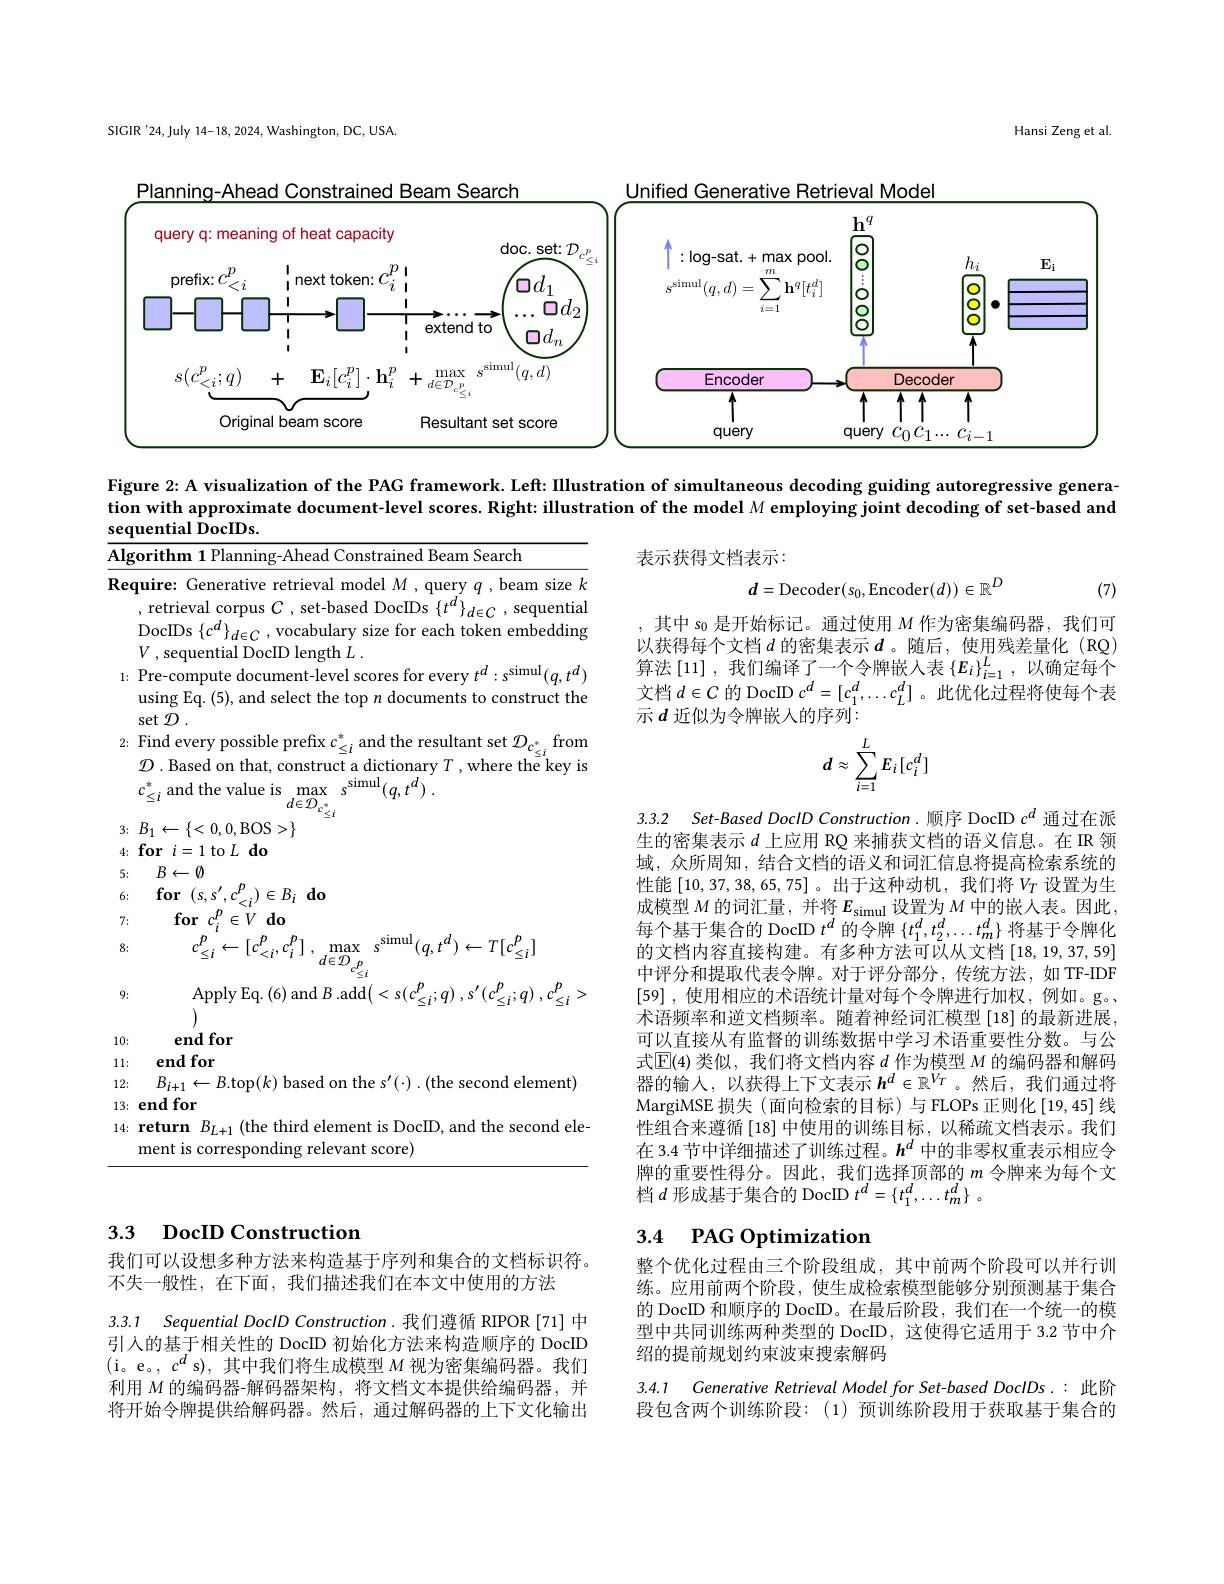
SIGIR'24,July 14-18, 2024, Washington, DC, USA.

Hansi Zeng et al

<FigureHere>

Figure 2{:} A visualization of the PAG framework. Left: Illustration of simultaneous decoding guiding autoregressive genera-

表示获得文档表示：
$$d=\mathrm{Decoder}(s_0,\mathrm{Encoder}(d))\in\mathbb{R}^D$$
(7)

其中$s_{0}$是开始标记。通过使用$M$作为密集编码器，我们可以获得每个文档$d$ 的密集表示 $d$ 。随后，使用残差量化 (RQ) 算法$\left[11\right]$,我们编译了一个令牌嵌入表$\left\{E_i\right\}_i=1^L$,以确定每个文档$d\in C$的 DocID $c^d=[c_1^d,\ldots c_L^d]$ 。此优化过程将使每个表示$d$ 近似为令牌嵌入的序列：
$$d\approx\sum_{i=1}^LE_i[c_i^d]$$
3.3.2 Set-Based DoclD Construction.顺序 DocID $c^d$通过在派

tion with approximate document-level scores. Right: illustration of the model M employing joint decoding of set-based and
sequential DocIDs.
$\underline{\text{Algorithm 1 Planning-Ahead Constrained Beam Search}}$
$\overline{\textbf{Require: Generative retrieval model }M,\text{query }q,\text{beam size }k}$
, retrieval corpus $C$, set-based DocIDs $\{t^d\}_{d\in C}$, sequential $\operatorname{DocIDs}\left\{c^{d}\right\}_{d\in C}$,vocabulary size for each token embedding $V$ , sequential DocID length $\dot{L}$ .
1: Pre-compute document-level scores for every $t^d:s^\mathrm{simul}(q,t^d)$
using Eq. (5), and select the top $n$ documents to construct the
$\sec{\mathcal{D}}.$
2: Find every possible prefix $c_{\le i}^*$ and the resultant set $\mathcal{D}_{c_{\le i}^*}$ from
$\mathcal{D}$ .Based on that, construct a dictionary $T$,where the key is
$c_{\le i}^{*}$and the value is$\max_{d\in\mathcal{D}_{c\le i}^{*}}s^{\mathrm{simul}}(q,t^{d})$
3: $B_{1}\leftarrow \{ < 0, 0$,BOS$>\}$
$4\nobreak {: } \textbf{for}i= 1$to$L\textbf{do}$
5: $B\leftarrow \emptyset$
6: $\textbf{for}( s, s^{\prime }, c_{< i}^{p}) \in B_{i}\textbf{do}$
7:
$\textbf{for}_{n}c_{i}^{p}\in V$do
8:
$c_{\leq i}^{p}\leftarrow [ c_{< i}^{p}, c_{i}^{p}]$ $, \max _{d\in \mathcal{D} _{c_{\leq i}}^{p}}$ $s^{\mathrm{simul}}( q, t^{d}) \leftarrow T[ c_{\leq i}^{p}]$
9:
Apply Eq. ( 6) and $B.$add$\left ( < s( c_{\leq i}^{p}; q)$ $, s^{\prime }( c_{\leq i}^{p}; q)$ $, c_{\leq i}^{p}$ ;
(1)
end for
10:
11: end for
12: $B_{i+ 1}\leftarrow B.$top$(k)$ based on the $s^\prime(\cdot).($the second element)
$13: \textbf{end for}$
14: return $B_L+1$ (the third element is DocID, and the second ele-
ment is corresponding relevant score)

生的密集表示$d$上应用 RQ 来捕获文档的语义信息。在 IR 领域，众所周知，结合文档的语义和词汇信息将提高检索系统的性能 [10,37,38,65,75] 。出于这种动机，我们将$V_T$ 设置为生成模型$M$的词汇量，并将$E_\mathrm{simul}$设置为$M$中的嵌人表。因此每个基于集合的 DocID $t^d$的令牌$\{t_1^d,t_2^d,\ldots t_m^d\}$将基于令牌化的文档内容直接构建。有多种方法可以从文档[18,19,37,59] 中评分和提取代表令牌。对于评分部分，传统方法，如 TF-IDF [59] ,使用相应的术语统计量对每个令牌进行加权，例如。g。术语频率和逆文档频率。随着神经词汇模型 [18] 的最新进展， 可以直接从有监督的训练数据中学习术语重要性分数。与公式$\operatorname{E}(4)$类似，我们将文档内容$d$作为模型$M$的编码器和解码器的输入，以获得上下文表示$h^d\in\mathbb{R}^{V_T}$。然后，我们通过将MargiMSE 损失(面向检索的目标)与 FLOPs 正则化[19,45]线性组合来遵循 [18] 中使用的训练目标，以稀疏文档表示。我们在 3.4 节中详细描述了训练过程。$h^d$中的非零权重表示相应令牌的重要性得分。因此，我们选择顶部的$m$令牌来为每个文档$d$形成基于集合的 DocID $t^d=\{t_1^d,\ldots t_m^d\}~$。

## 3.3 DocID Construction

## 3.4 PAG Optimization

我们可以设想多种方法来构造基于序列和集合的文档标识符。
不失一般性，在下面，我们描述我们在本文中使用的方法

整个优化过程由三个阶段组成，其中前两个阶段可以并行训练。应用前两个阶段，使生成检索模型能够分别预测基于集合的 DocID 和顺序的 DocID。在最后阶段，我们在一个统一的模型中共同训练两种类型的 DocID, 这使得它适用于 3.2 节中介绍的提前规划约束波束搜索解码

3.3.1 Sequential DoclD Construction.我们遵循 RIPOR[71] 中引入的基于相关性的 DocID 初始化方法来构造顺序的 DocID

(i。e。,$c^d$ s), 其中我们将生成模型$M$视为密集编码器。我们利用$M$的编码器-解码器架构，将文档文本提供给编码器，并将开始令牌提供给解码器。然后，通过解码器的上下文化输出

3.4.1 Generative Retrieval Model for Set-based DoclDs.:此阶段包含两个训练阶段：(1)预训练阶段用于获取基于集合的